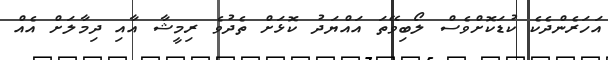
އަހަރެންދެކެ ކުޑަކޮށްވެސް ލޯބިވޭތަ އައްޔަދު ކޮޅަށް ތެދުވެ ރިމީޝާ އާއި ދިމާލަށް އެއް